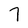
Character: 7